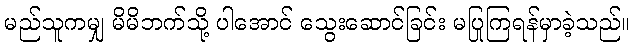
မည်သူကမျှ မိမိဘက်သို့ ပါအောင် သွေးဆောင်ခြင်း မပြုကြရန်မှာခဲ့သည်။